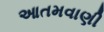
આતમવાણી